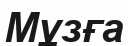
Мұзға